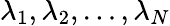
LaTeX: \lambda_{1},\lambda_{2},\ldots,\lambda_{N}